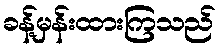
ခန့်မှန်းထားကြသည်